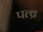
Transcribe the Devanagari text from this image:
पत्थ्र